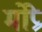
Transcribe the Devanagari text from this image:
मोप्रे